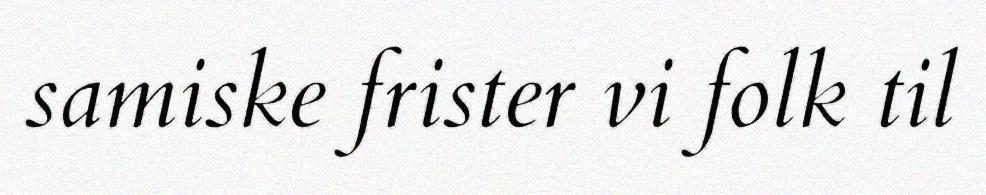
samiske frister vi folk til